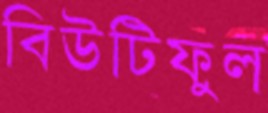
বিউটিফুল